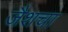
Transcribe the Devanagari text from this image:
जैशचा